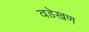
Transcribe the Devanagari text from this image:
वडेखण